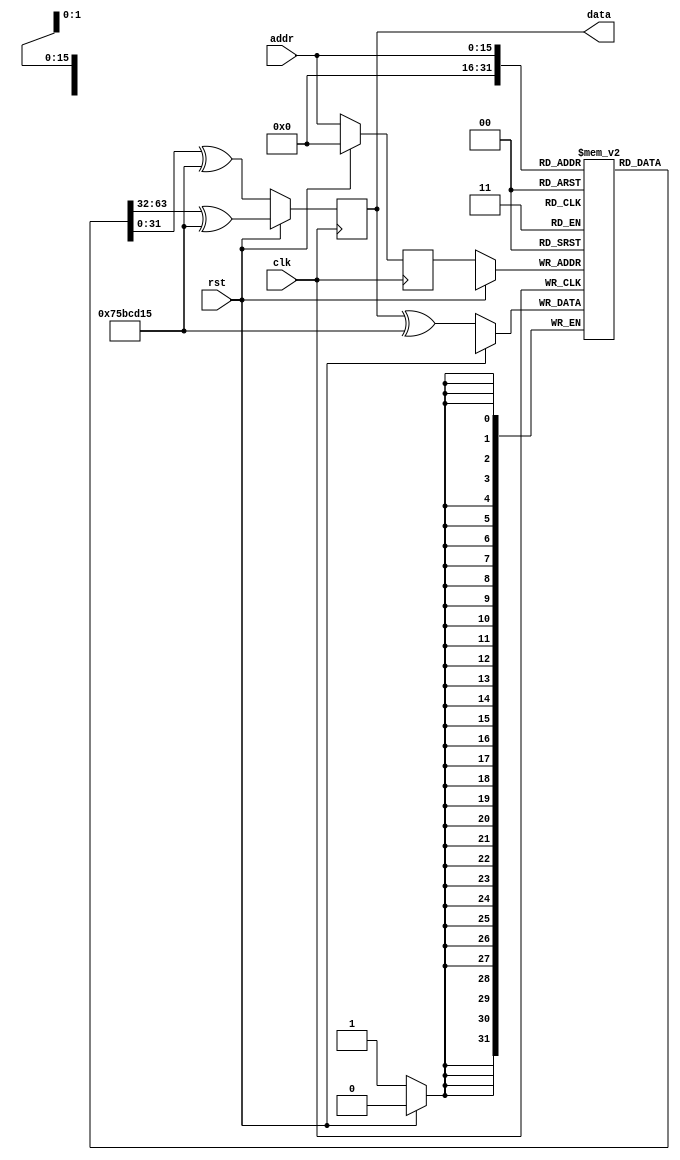
// Whatever the initial content of this memory is at reset, it will never change
// see demo3.smtc for assumptions and assertions

module demo3(input clk, rst, input [15:0] addr, output reg [31:0] data);
	reg [31:0] mem [0:2**16-1];
	reg [15:0] addr_q;

	always @(posedge clk) begin
		if (rst) begin
			data <= mem[0] ^ 123456789;
			addr_q <= 0;
		end else begin
			mem[addr_q] <= data ^ 123456789;
			data <= mem[addr] ^ 123456789;
			addr_q <= addr;
		end
	end
endmodule